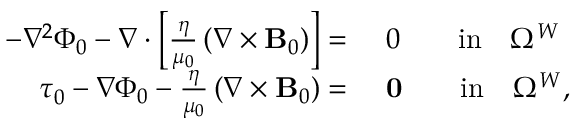
\begin{array} { r l } { - \nabla ^ { 2 } \Phi _ { 0 } - \nabla \cdot \left[ \frac { \eta } { \mu _ { 0 } } \left( \nabla \times { \mathbf B _ { 0 } } \right) \right] = } & { ~ 0 \qquad \mathrm { i n } \quad \Omega ^ { W } } \\ { \boldsymbol { \tau } _ { 0 } - \nabla \Phi _ { 0 } - \frac { \eta } { \mu _ { 0 } } \left( \nabla \times { \mathbf B _ { 0 } } \right) = } & { ~ \mathbf { 0 } \qquad \mathrm { i n } \quad \Omega ^ { W } , } \end{array}